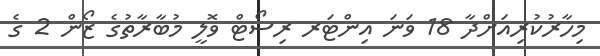
މިހާރުކުރިއަށްދާ 18 ވަނަ އިންޓަރ ރިސޯޓް ވޮލީ މުބާރާތުގެ ޒޯން 2 ގެ